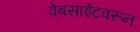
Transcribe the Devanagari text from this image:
वेबसाईटवरून